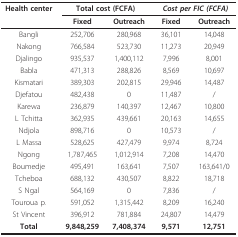
<table><thead><tr><td><b>Health center</b></td><td colspan="2"><b>Total cost (FCFA)</b></td><td colspan="2"><b><i>Cost per FIC (FCFA)</i></b></td></tr><tr><td></td><td><b>Fixed</b></td><td><b>Outreach</b></td><td><b>Fixed</b></td><td><b>Outreach</b></td></tr></thead><tbody><tr><td>Bangli</td><td>252,706</td><td>280,968</td><td>36,101</td><td>14,048</td></tr><tr><td>Nakong</td><td>766,584</td><td>523,730</td><td>11,273</td><td>20,949</td></tr><tr><td>Djalingo</td><td>935,537</td><td>1,400,112</td><td>7,996</td><td>8,001</td></tr><tr><td>Babla</td><td>471,313</td><td>288,826</td><td>8,569</td><td>10,697</td></tr><tr><td>Kismatari</td><td>389,303</td><td>202,815</td><td>29,946</td><td>14,487</td></tr><tr><td>Djefatou</td><td>482,438</td><td>0</td><td>11,487</td><td>/</td></tr><tr><td>Karewa</td><td>236,879</td><td>140,397</td><td>12,467</td><td>10,800</td></tr><tr><td>L Tchitta</td><td>362,935</td><td>439,661</td><td>20,163</td><td>14,655</td></tr><tr><td>Ndjola</td><td>898,716</td><td>0</td><td>10,573</td><td>/</td></tr><tr><td>L Massa</td><td>528,625</td><td>427,479</td><td>9,974</td><td>8,724</td></tr><tr><td>Ngong</td><td>1,787,465</td><td>1,012,914</td><td>7,208</td><td>14,470</td></tr><tr><td>Boumedje</td><td>495,491</td><td>163,641</td><td>7,507</td><td>163,641/0</td></tr><tr><td>Tcheboa</td><td>688,132</td><td>430,507</td><td>8,822</td><td>18,718</td></tr><tr><td>S Ngal</td><td>564,169</td><td>0</td><td>7,836</td><td>/</td></tr><tr><td>Touroua p.</td><td>591,052</td><td>1,315,442</td><td>8,209</td><td>16,240</td></tr><tr><td>St Vincent</td><td>396,912</td><td>781,884</td><td>24,807</td><td>14,479</td></tr><tr><td><b>Total</b></td><td><b>9,848,259</b></td><td><b>7,408,374</b></td><td><b>9,571</b></td><td><b>12,751</b></td></tr></tbody></table>